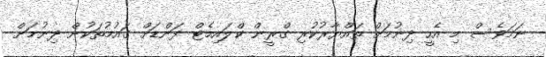
ނަމަވެސް މި އެހީ ދިނުމަށް ތައްޔާރުކުރި ގްރީން ކްލައިމެޓް ފަންޑަށް ގައުމުތަކުން ދިނުމަށް